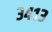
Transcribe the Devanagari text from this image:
३४१३